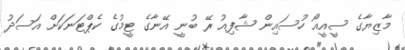
މާޒިޔާގެ ސީއީއޯ ހުސައިން ޝާފިއު ރޭ ބުނީ އޭނާގެ ޓީމުގެ ކެޕްޓަނަކަށް އަސަދު